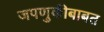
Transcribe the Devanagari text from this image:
जपणुकीबाबत